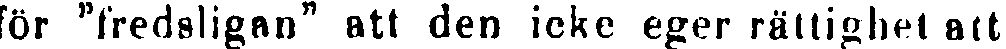
för "fredsligan" att den icke eger rättighet att